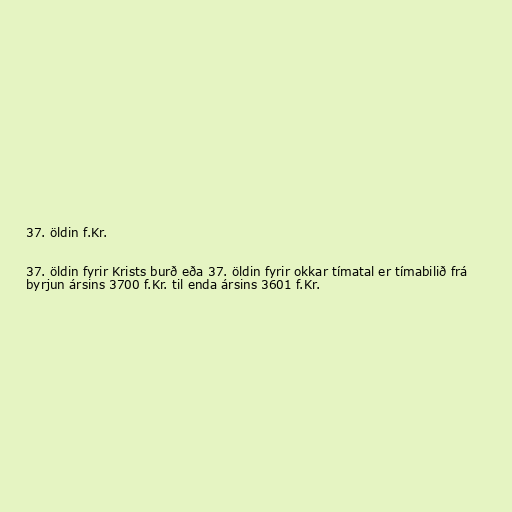
37. öldin f.Kr.

37. öldin fyrir Krists burð eða 37. öldin fyrir okkar tímatal er tímabilið frá
byrjun ársins 3700 f.Kr. til enda ársins 3601 f.Kr.